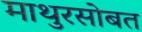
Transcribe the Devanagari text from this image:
माथुरसोबत